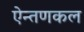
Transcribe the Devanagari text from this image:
ऐन्तणकल